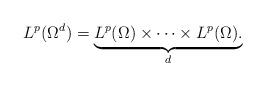
LaTeX: \begin{align*}L^p(\Omega^d) = \underbrace{L^p(\Omega) \times \cdots \times L^p(\Omega).}_{d }\end{align*}